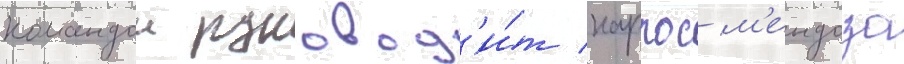
командои руковод'и́т карлос м'ендоза